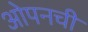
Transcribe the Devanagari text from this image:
ओपनची